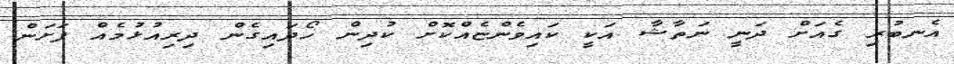
އެނބުރި ގެއަށް ދަނީ ނަތާޝާ އަކީ ކައިވެންޏެއްކޮށް ކުދިން ހޯދައިގެން ދިރިއުޅުމެއް ފަށަން